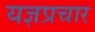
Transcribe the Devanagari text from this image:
यज्ञप्रचार